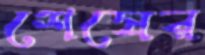
শেষের